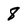
Character: 8